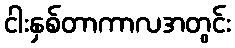
ငါးနှစ်တာကာလအတွင်း